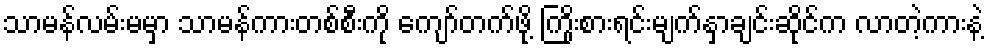
သာမန်လမ်းမမှာ သာမန်ကားတစ်စီးကို ကျော်တက်ဖို့ ကြိုးစားရင်းမျက်နှာချင်းဆိုင်က လာတဲ့ကားနဲ့